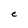
Character: C